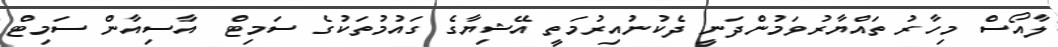
ލާއޯސް މިހާރު ތައްޔާރުވަމުންދަނީ ދެކުނުއިރުމަތީ އޭޝިޔާގެ ގައުމުތަކުގެ ސަމިޓް  އާސިއާން ސަމިޓް